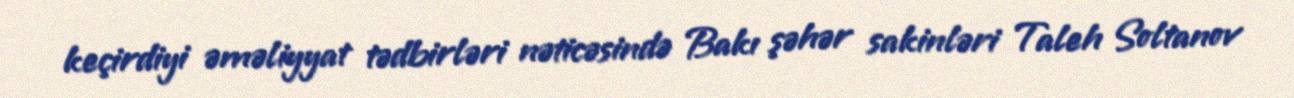
keçirdiyi əməliyyat tədbirləri nəticəsində Bakı şəhər sakinləri Taleh Soltanov